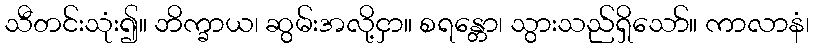
သီတင်းသုံး၍။ ဘိက္ခာယ၊ ဆွမ်းအလို့ငှာ။ စရန္တော၊ သွားသည်ရှိသော်။ ကာလာနံ၊